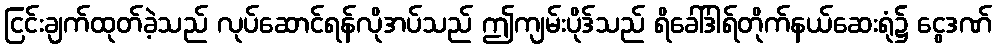
ငြင်းချက်ထုတ်ခဲ့သည် လုပ်ဆောင်ရန်လိုအပ်သည် ဤကျမ်းပိုဒ်သည် ရိခေါ်ဒါရ်တိုက်နယ်ဆေးရုံ၌ ငွေဒဏ်